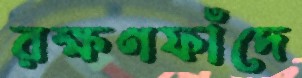
রক্ষণফাঁদে